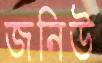
জনিউ